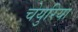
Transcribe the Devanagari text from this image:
चेयुरिया